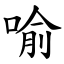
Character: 喻